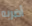
أضربه